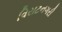
વિરાટનગરી